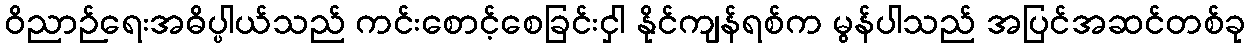
ဝိညာဉ်ရေးအဓိပ္ပါယ်သည် ကင်းစောင့်စေခြင်းငှါ နိုင်ကျန်ရစ်က မွန်ပါသည် အပြင်အဆင်တစ်ခု